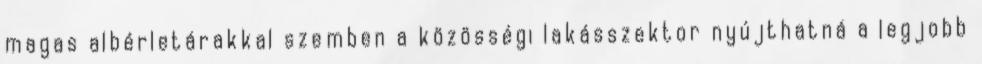
magas albérletárakkal szemben a közösségi lakásszektor nyújthatná a legjobb